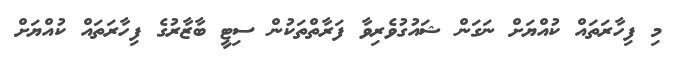
މި ފިހާރަތައް ކުއްޔަށް ނަގަން ޝައުގުވެރިވާ ފަރާތްތަކުން ސިޓީ ބާޒާރުގެ ފިހާރަތައް ކުއްޔަށް